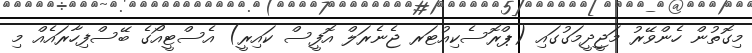
މިގޮތުން ހެންވޭރު މަޖީދީމަގުގައި (ޕްރޮސެކިއުޓަރ ޖެނެރަލް އޮފީސް ކައިރީ) އެސްޓީއޯގެ ބޭސްފިހާރައެއް މި